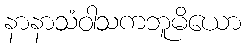
နာနာသံဝါသကဘူမိယော